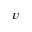
v